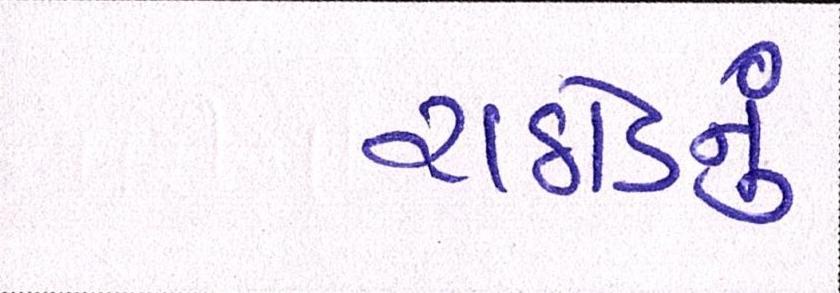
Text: રાઠોડનું